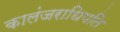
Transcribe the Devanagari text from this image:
कालंजराधिपति